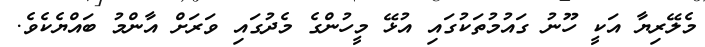
މެލޭރިޔާ އަކީ ހޫނު ގައުމުތަކުގައި އުޅޭ މީހުންގެ މެދުގައި ވަރަށް އާންމު ބައްޔެކެވެ.